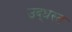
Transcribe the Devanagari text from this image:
उद्‌धस्त